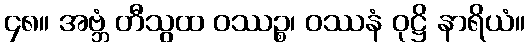
၄၈။ အဗ္ဘံ တီသွထ ဝဿဉ္စ၊ ဝဿနံ ဝုဋ္ဌိ နာရိယံ။